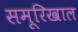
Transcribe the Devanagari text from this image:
समूरिखाल